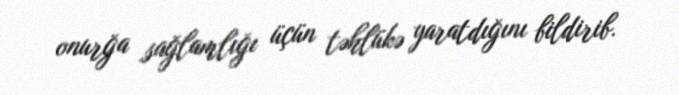
onurğa sağlamlığı üçün təhlükə yaratdığını bildirib.